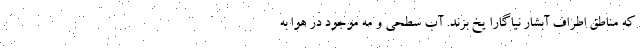
که مناطق اطراف آبشار نیاگارا یخ بزند. آب سطحی و مه موجود در هوا به